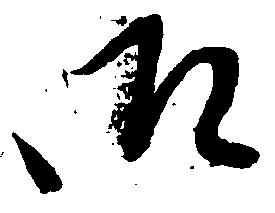
御